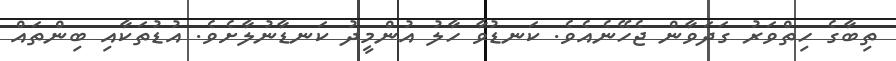
ތިބާގެ ހިތްވަރު ގަދަވާން ޖެހޭނެއެވެ. ކަނޑުވާ ހާލު އުންމީދު ކަނޑާނުލާށެވެ. އުޑުތަކާއި ބިންތައް